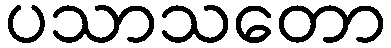
ပသာသတော